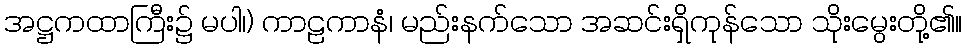
အဋ္ဌကထာကြီး၌ မပါ၊) ကာဠကာနံ၊ မည်းနက်သော အဆင်းရှိကုန်သော သိုးမွေးတို့၏။